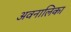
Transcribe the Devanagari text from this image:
अवनालिका